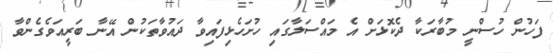
ފަހުން ހުސްނީ މުބާރަކާ ދެކޮޅަށް އެ މައްސަލާގައި ހުށަހެޅިފައިވާ ދައުވާތަކުން އޭނާ ބަރީއަވެގެންވާ